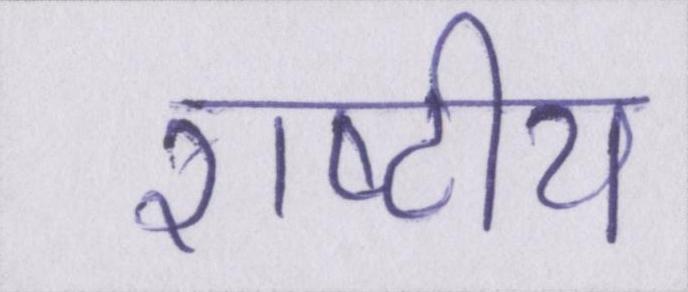
राष्टीय